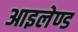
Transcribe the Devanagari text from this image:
आइलेण्ड